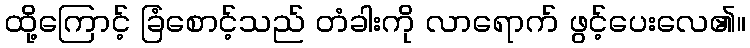
ထို့ကြောင့် ခြံစောင့်သည် တံခါးကို လာရောက် ဖွင့်ပေးလေ၏။